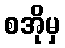
စအိုမှ